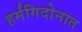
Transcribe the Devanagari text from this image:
हर्मगिदोनात